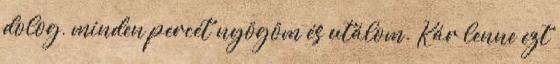
dolog, minden percét nyögöm és utálom. Kár lenne ezt